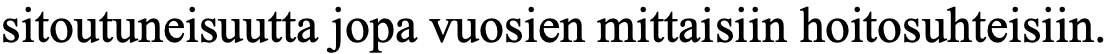
sitoutuneisuutta jopa vuosien mittaisiin hoitosuhteisiin.